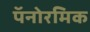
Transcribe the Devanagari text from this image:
पॅनोरमिक